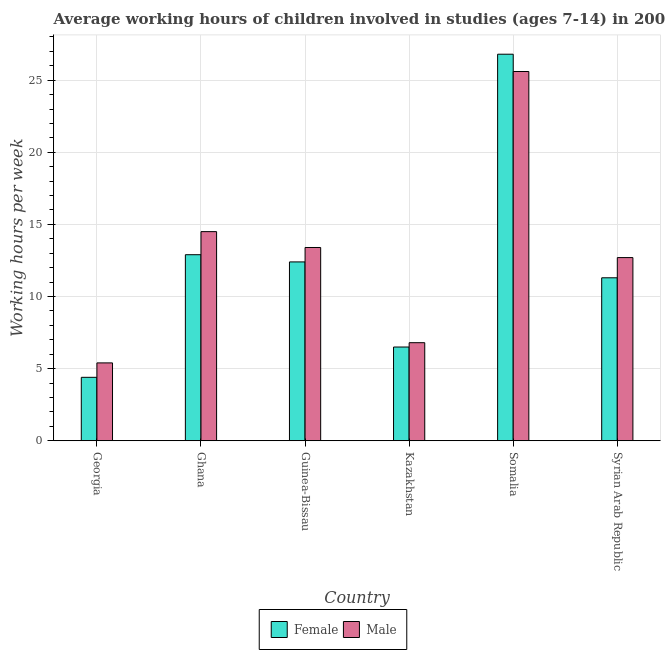
| Country | Female | Male |
 | --- | --- | --- |
 | Georgia | 4.4 | 5.4 |
 | Ghana | 12.9 | 14.5 |
 | Guinea-Bissau | 12.4 | 13.4 |
 | Kazakhstan | 6.5 | 6.8 |
 | Somalia | 26.8 | 25.6 |
 | Syrian Arab Republic | 11.3 | 12.7 |